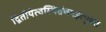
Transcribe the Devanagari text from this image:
द्वितीयेत्वस्थिसंचयइत्युक्तं